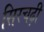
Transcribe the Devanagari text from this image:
सिरचढ़ी